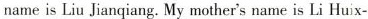
name is Liu Jianqiang. My mother's name is Li Huix-